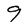
Character: 9